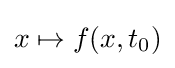
x\mapsto f(x,t_{0})